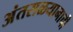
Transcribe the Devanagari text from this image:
अंतराळयानाची